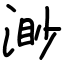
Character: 渺